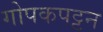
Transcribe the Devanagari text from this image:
गोपकपट्टन